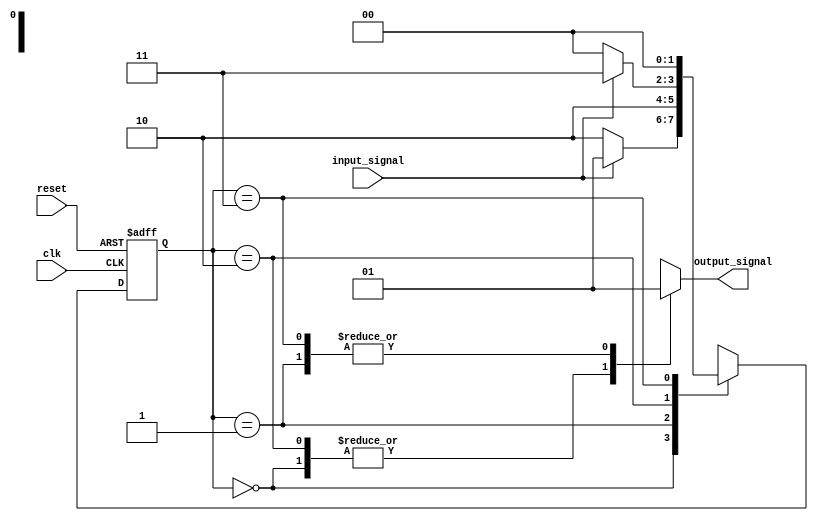
module Reduced_State_Encoding(
    input clk,
    input reset,
    input input_signal,
    output reg output_signal
);

// Define states using Reduced State Encoding
parameter STATE_A = 2'b00;
parameter STATE_B = 2'b01;
parameter STATE_C = 2'b10;
parameter STATE_D = 2'b11;

// Define state register
reg [1:0] current_state;
reg [1:0] next_state;

// State transition logic
always @ (posedge clk or posedge reset) begin
    if (reset) begin
        current_state <= STATE_A;
    end else begin
        current_state <= next_state;
    end
end

// Next state logic
always @* begin
    case (current_state)
        STATE_A: begin
            if (input_signal) begin
                next_state = STATE_B;
            end else begin
                next_state = STATE_C;
            end
        end
        STATE_B: begin
            next_state = STATE_C;
        end
        STATE_C: begin
            if (input_signal) begin
                next_state = STATE_D;
            end else begin
                next_state = STATE_A;
            end
        end
        STATE_D: begin
            next_state = STATE_A;
        end
    endcase
end

// Output logic based on current state
always @* begin
    case (current_state)
        STATE_A: begin
            output_signal = 1'b0; // Example output for state A
        end
        // Define outputs for other states
        STATE_B: begin
            output_signal = 1'b1;
        end
        STATE_C: begin
            output_signal = 1'b0;
        end
        STATE_D: begin
            output_signal = 1'b1;
        end
    endcase
end

endmodule